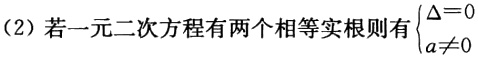
（2）若一元二次方程有两个相等实根则有$\begin{cases}\Delta = 0\\a\neq0\end{cases}$